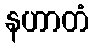
နဟာတံ